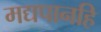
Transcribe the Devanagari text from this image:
मद्यपानहि